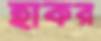
হাকর